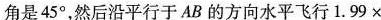
角是45^{\circ}，然后沿平行于AB的方向水平飞行1.99\times